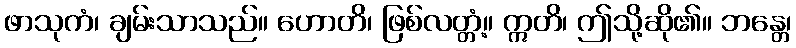
ဖာသုကံ၊ ချမ်းသာသည်။ ဟောတိ၊ ဖြစ်လတ္တံ့။ ဣတိ၊ ဤသို့ဆို၏။ ဘန္တေ၊